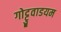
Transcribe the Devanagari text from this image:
गोट्टुवाडयम